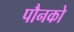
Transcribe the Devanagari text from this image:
पौनको